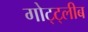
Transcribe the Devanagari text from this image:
गोट्ट्लीब